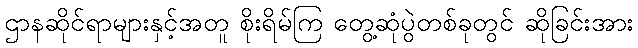
ဌာနဆိုင်ရာများနှင့်အတူ စိုးရိမ်ကြ တွေ့ဆုံပွဲတစ်ခုတွင် ဆိုခြင်းအား